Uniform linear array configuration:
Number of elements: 24
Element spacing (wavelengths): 0.25
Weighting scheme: blackman
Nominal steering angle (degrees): -15
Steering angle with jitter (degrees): -16.908
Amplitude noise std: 0.05
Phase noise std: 0.05

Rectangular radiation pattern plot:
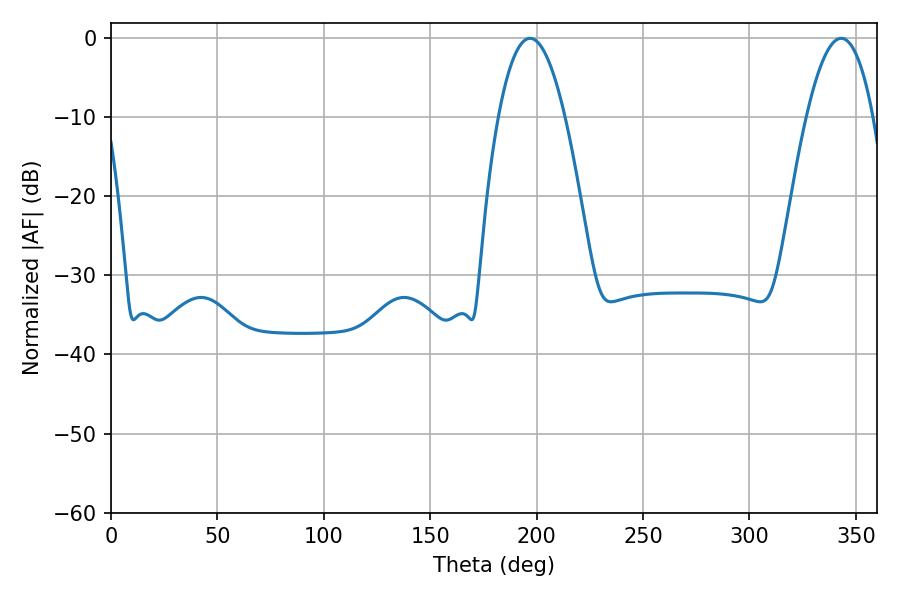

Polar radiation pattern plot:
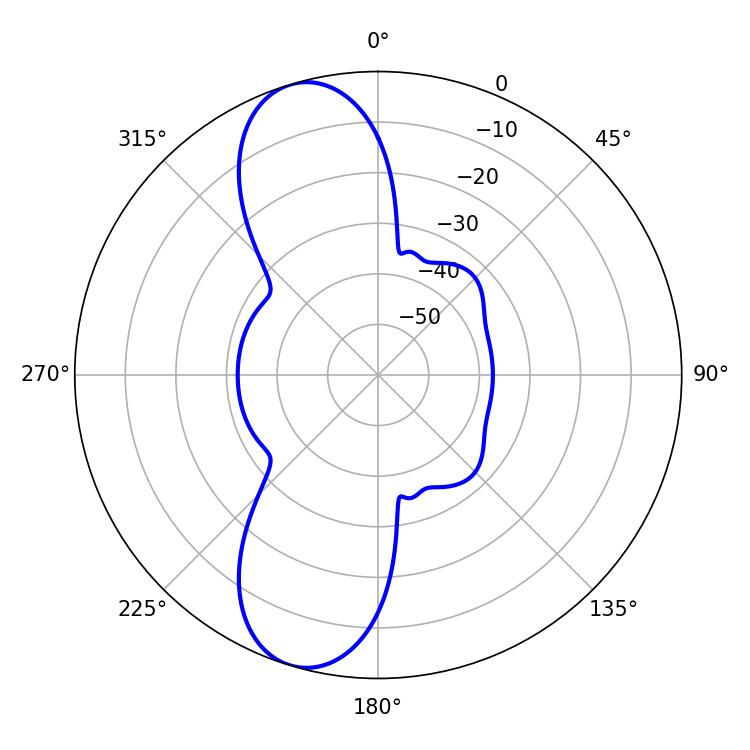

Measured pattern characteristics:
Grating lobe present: FALSE
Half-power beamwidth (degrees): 17.28
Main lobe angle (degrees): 196.92